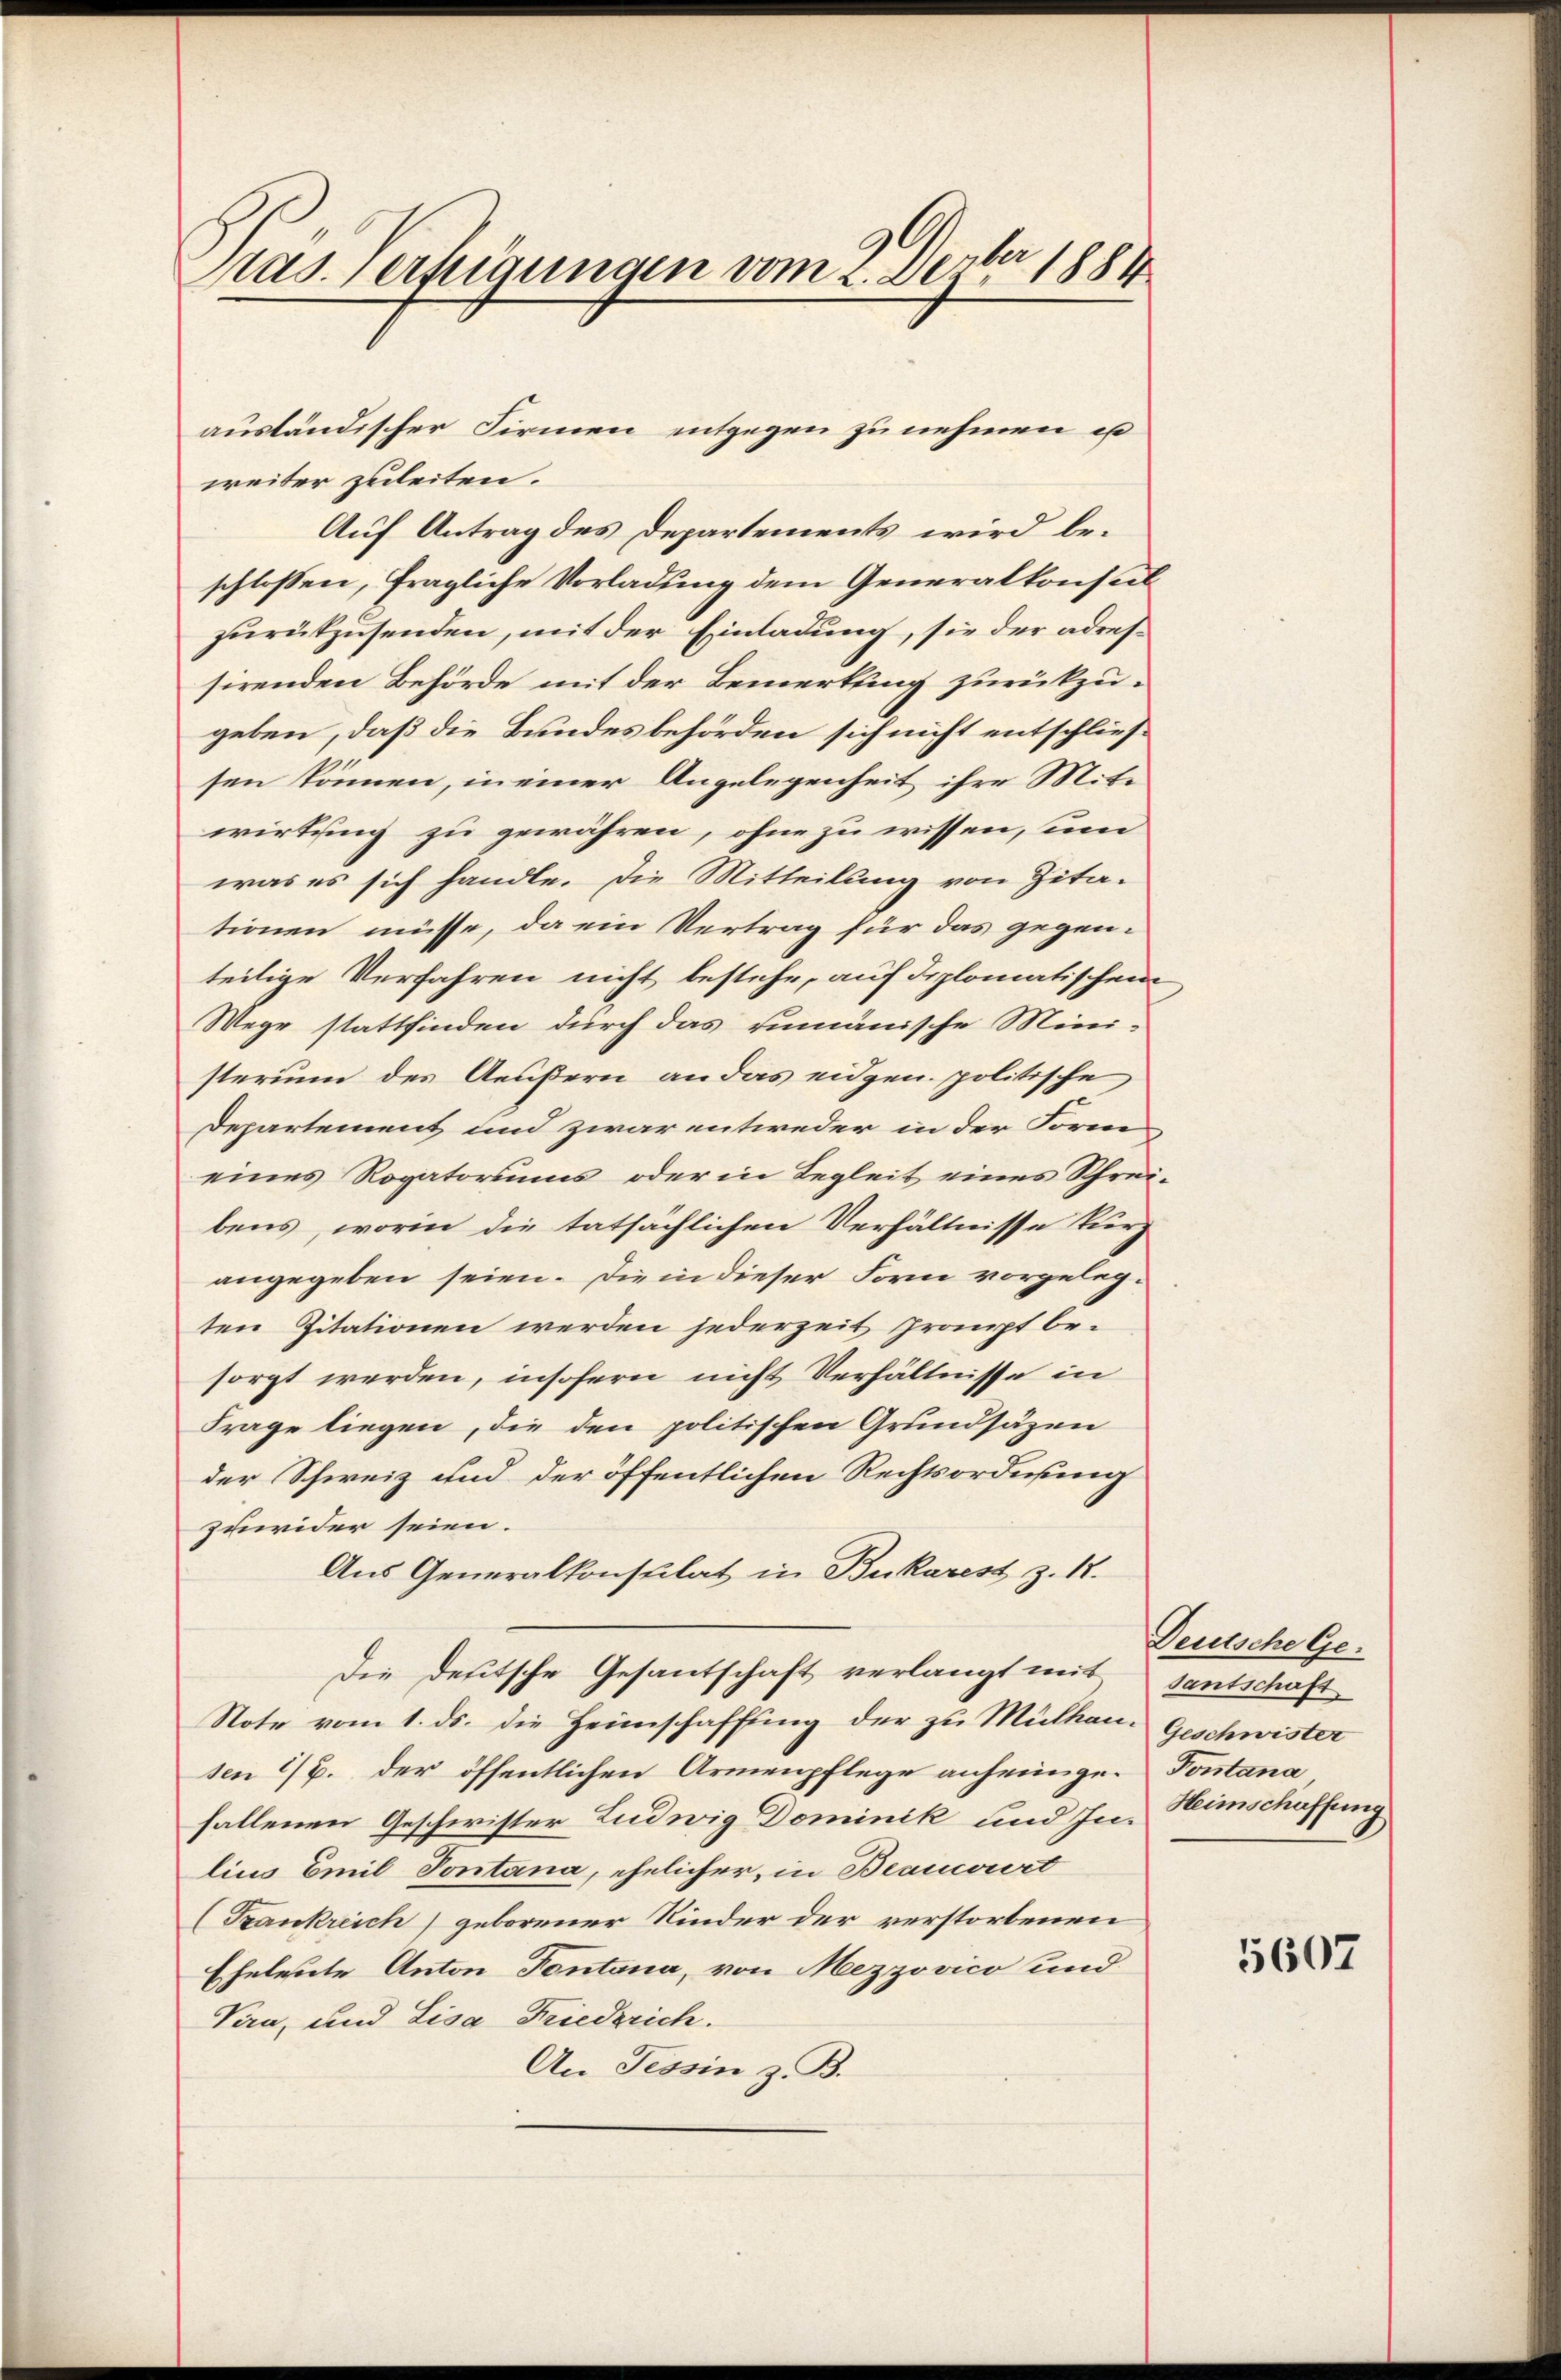
pas., erfügungen vom 2. Dezbr 1884

weiter zuleiten.
Auf Antrag des Departements wird beschlossen, fragliche Vorladung dem Generalkonsulzurükzusenden, mit der Einladung, sie der adressirenden Behörde mit der Bemerkung zurückzugeben, daß die Bundesbehörden sich nicht entschliessen können, in einer Angelegenheit ihre Mitwirkung zu gewähren, ohne zu wissen, um
was es sich handle. Die Mitteilung von Zita-
tionen müsse, da ein Vertrag für das gegenteilige Verfahren nicht bestehe, auf diplomatischein
Wege stattfinden durch das rumänische Mini-
sterium des Aeußern an das eidgen. politische
Departement und zwar entweder in der Formen
eines Rogatoriums oder in Begleit eines Schreibens, worin die tatsächlichen Verhältnisse kurz
angegeben seien. Die in dieser Form vorgelegten Zitationen werden jederzeit graupt be-
sorgt werden, insofern nicht Verhältnisse in
Frage liegen, die den politischen Grundsäzen
der Schweiz und der öffentlichen Rechtsordnung
zuwider seien.
Aus Generalkonsulat in Bukarest z. 18.
die deutsche Gesantschaft verlangt mit santschaft
Note vom 1. ds. die Heimschaffung der zu Mülhau. Geschwister
sen 1/2. der öffentlichen Armenpflege anheimge. Pontana
fallenen Geschwister Ludwig Dominik und In Heimschaffung
lius Emil Sontana, ehelicher, in Beanwort
(Frankreich geborener Kinder der verstorbenen
Eheleute Anton Tontana, von Mezzovico und
Van, und Lisa Friedsrich.
An Tessin z. B.

ausländischer Firmen entgegen zu nehmen es

Deutsche Ge¬

5607